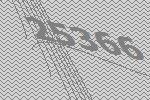
25366